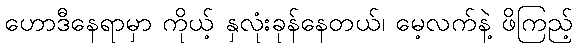
ဟောဒီနေရာမှာ ကိုယ့် နှလုံးခုန်နေတယ်၊ မေ့လက်နဲ့ ဖိကြည့်